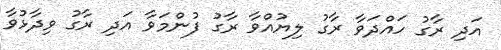
އަދި ރާގު ހައްދަވާ ރާގު ލިޔުއްވާ ރާގު ފުންމަވާ އަދި ރާގު ވިދާޅުވާ